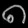
Digit: ၈